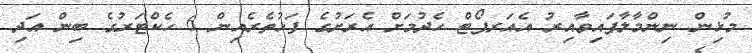
މުޅިން ނިންމާލާފައިވާއިރު އެއަރޕޯޓް ހެދުމަށް އެރަށުގެ ފަޅުތެރެއިން 6 ހެކްޓަރުގެ ބިން އަދި